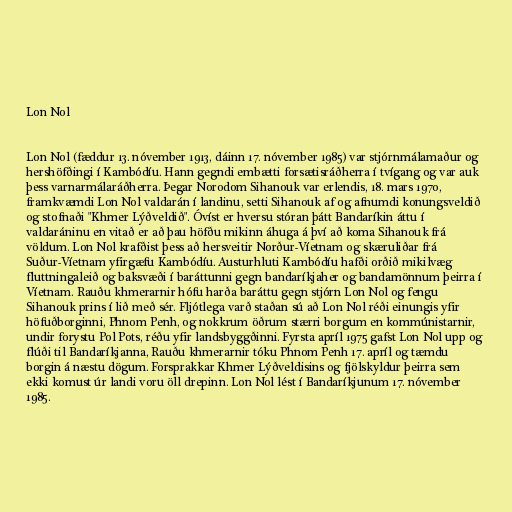
Lon Nol

Lon Nol (fæddur 13. nóvember 1913, dáinn 17. nóvember 1985) var stjórnmálamaður og
hershöfðingi í Kambódíu. Hann gegndi embætti forsætisráðherra í tvígang og var auk
þess varnarmálaráðherra. Þegar Norodom Sihanouk var erlendis, 18. mars 1970,
framkvæmdi Lon Nol valdarán í landinu, setti Sihanouk af og afnumdi konungsveldið
og stofnaði "Khmer Lýðveldið". Óvíst er hversu stóran þátt Bandaríkin áttu í
valdaráninu en vitað er að þau höfðu mikinn áhuga á því að koma Sihanouk frá
völdum. Lon Nol krafðist þess að hersveitir Norður-Víetnam og skæruliðar frá
Suður-Víetnam yfirgæfu Kambódíu. Austurhluti Kambódíu hafði orðið mikilvæg
fluttningaleið og baksvæði í baráttunni gegn bandaríkjaher og bandamönnum þeirra í
Víetnam. Rauðu khmerarnir hófu harða baráttu gegn stjórn Lon Nol og fengu
Sihanouk prins í lið með sér. Fljótlega varð staðan sú að Lon Nol réði einungis yfir
höfuðborginni, Phnom Penh, og nokkrum öðrum stærri borgum en kommúnistarnir,
undir forystu Pol Pots, réðu yfir landsbyggðinni. Fyrsta apríl 1975 gafst Lon Nol upp og
flúði til Bandaríkjanna, Rauðu khmerarnir tóku Phnom Penh 17. apríl og tæmdu
borgin á næstu dögum. Forsprakkar Khmer Lýðveldisins og fjölskyldur þeirra sem
ekki komust úr landi voru öll drepinn. Lon Nol lést í Bandaríkjunum 17. nóvember
1985.